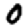
Digit: 0